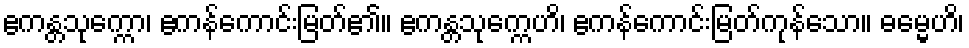
ဧကန္တသုက္ကော၊ ဧကန်ကောင်းမြတ်၏။ ဧကန္တသုက္ကေဟိ၊ ဧကန်ကောင်းမြတ်ကုန်သော။ ဓမ္မေဟိ၊